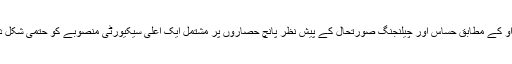
سی سی پی او کے مطابق حساس اور چیلنجنگ صورتحال کے پیش نظر پانچ حصاروں پر مشتمل ایک اعلیٰ سیکیورٹی منصوبے کو حتمی شکل دے دی گئی۔